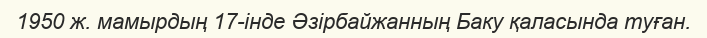
1950 ж. мамырдың 17-інде Әзірбайжанның Баку қаласында туған.